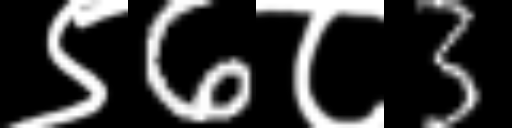
Text: ९6८3